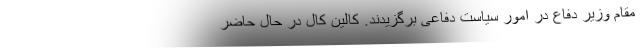
مقام وزیر دفاع در امور سیاست دفاعی برگزیدند. کالین کال در حال حاضر